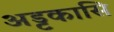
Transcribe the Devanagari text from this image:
अड्टकासि